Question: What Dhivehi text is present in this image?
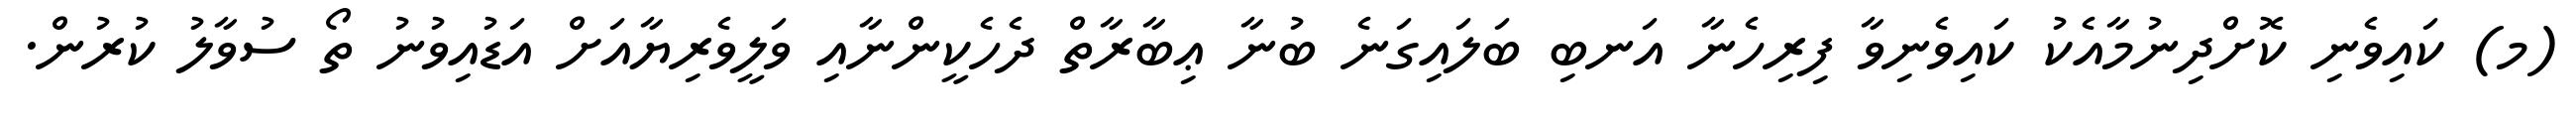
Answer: (މ) ކައިވެނި ކޮށްދިނުމާއެކު ކައިވެނިވާ ފިރިހެނާ އަނބި ބަލައިގަނެ ބުނާ ޢިބާރާތް ދެހެކީންނާއި ވަލީވެރިޔާއަށް އަޑުއިވުނު ތޯ ސުވާލު ކުރުން.